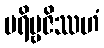
ပရိဗ္ဗဇိဿဟံ